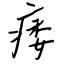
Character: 痿